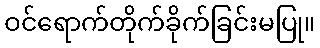
ဝင်ရောက်တိုက်ခိုက်ခြင်းမပြု။